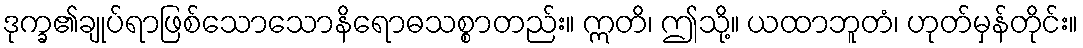
ဒုက္ခ၏ချုပ်ရာဖြစ်သောသောနိရောဓသစ္စာတည်း။ ဣတိ၊ ဤသို့။ ယထာဘူတံ၊ ဟုတ်မှန်တိုင်း။